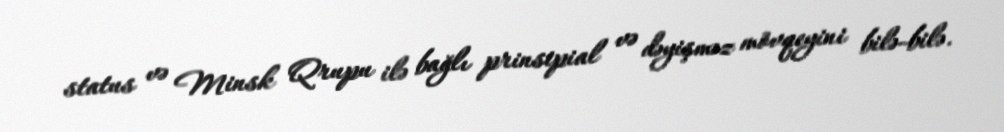
status və Minsk Qrupu ilə bağlı prinsipial və dəyişməz mövqeyini bilə-bilə.